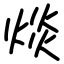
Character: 㷋